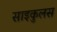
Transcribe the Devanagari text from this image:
साइकुलस